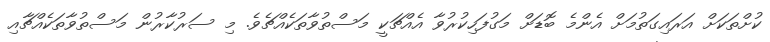
ކުށްތަކަށް އަރައިގަތުމަށް އެންމެ ބޮޑަށް މަގުފަހިކުރުވާ އެއްޗަކީ މަސްތުވާތަކެއްޗެވެ. މި ސަރުކާރުން މަސްތުވާތަކެއްޗާއި